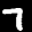
Label: 7